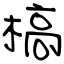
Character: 槁